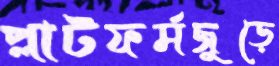
প্লাটফর্মজুড়ে